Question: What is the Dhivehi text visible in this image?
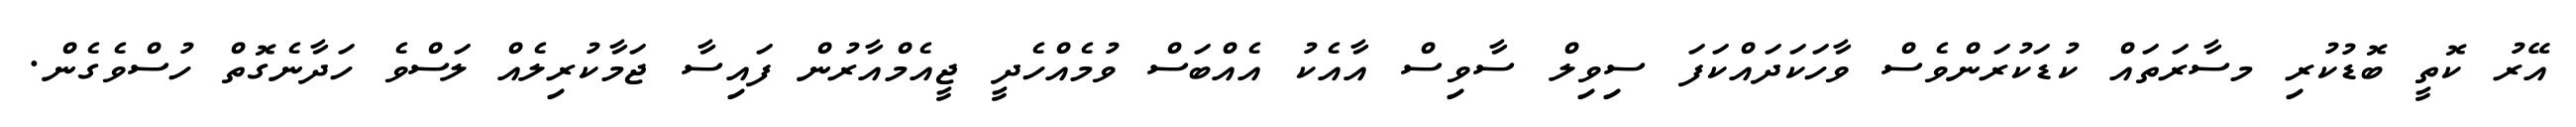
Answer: އޭރު ކޮތީ ބޮޑުކުރި މސާރަތައް ކުޑަކުރަންވެސް ވާހަކަދައްކަފަ ސިވިލް ސާވިސް އާއެކު އެއްބަސް ވުމެއްހެދީ ޖީއެމްއާރުން ފައިސާ ޖަމާކުރިލެއް ލަސްވެ ހަދާނެގޮތް ހުސްވެގެން.